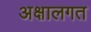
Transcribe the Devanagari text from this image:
अक्षालगत